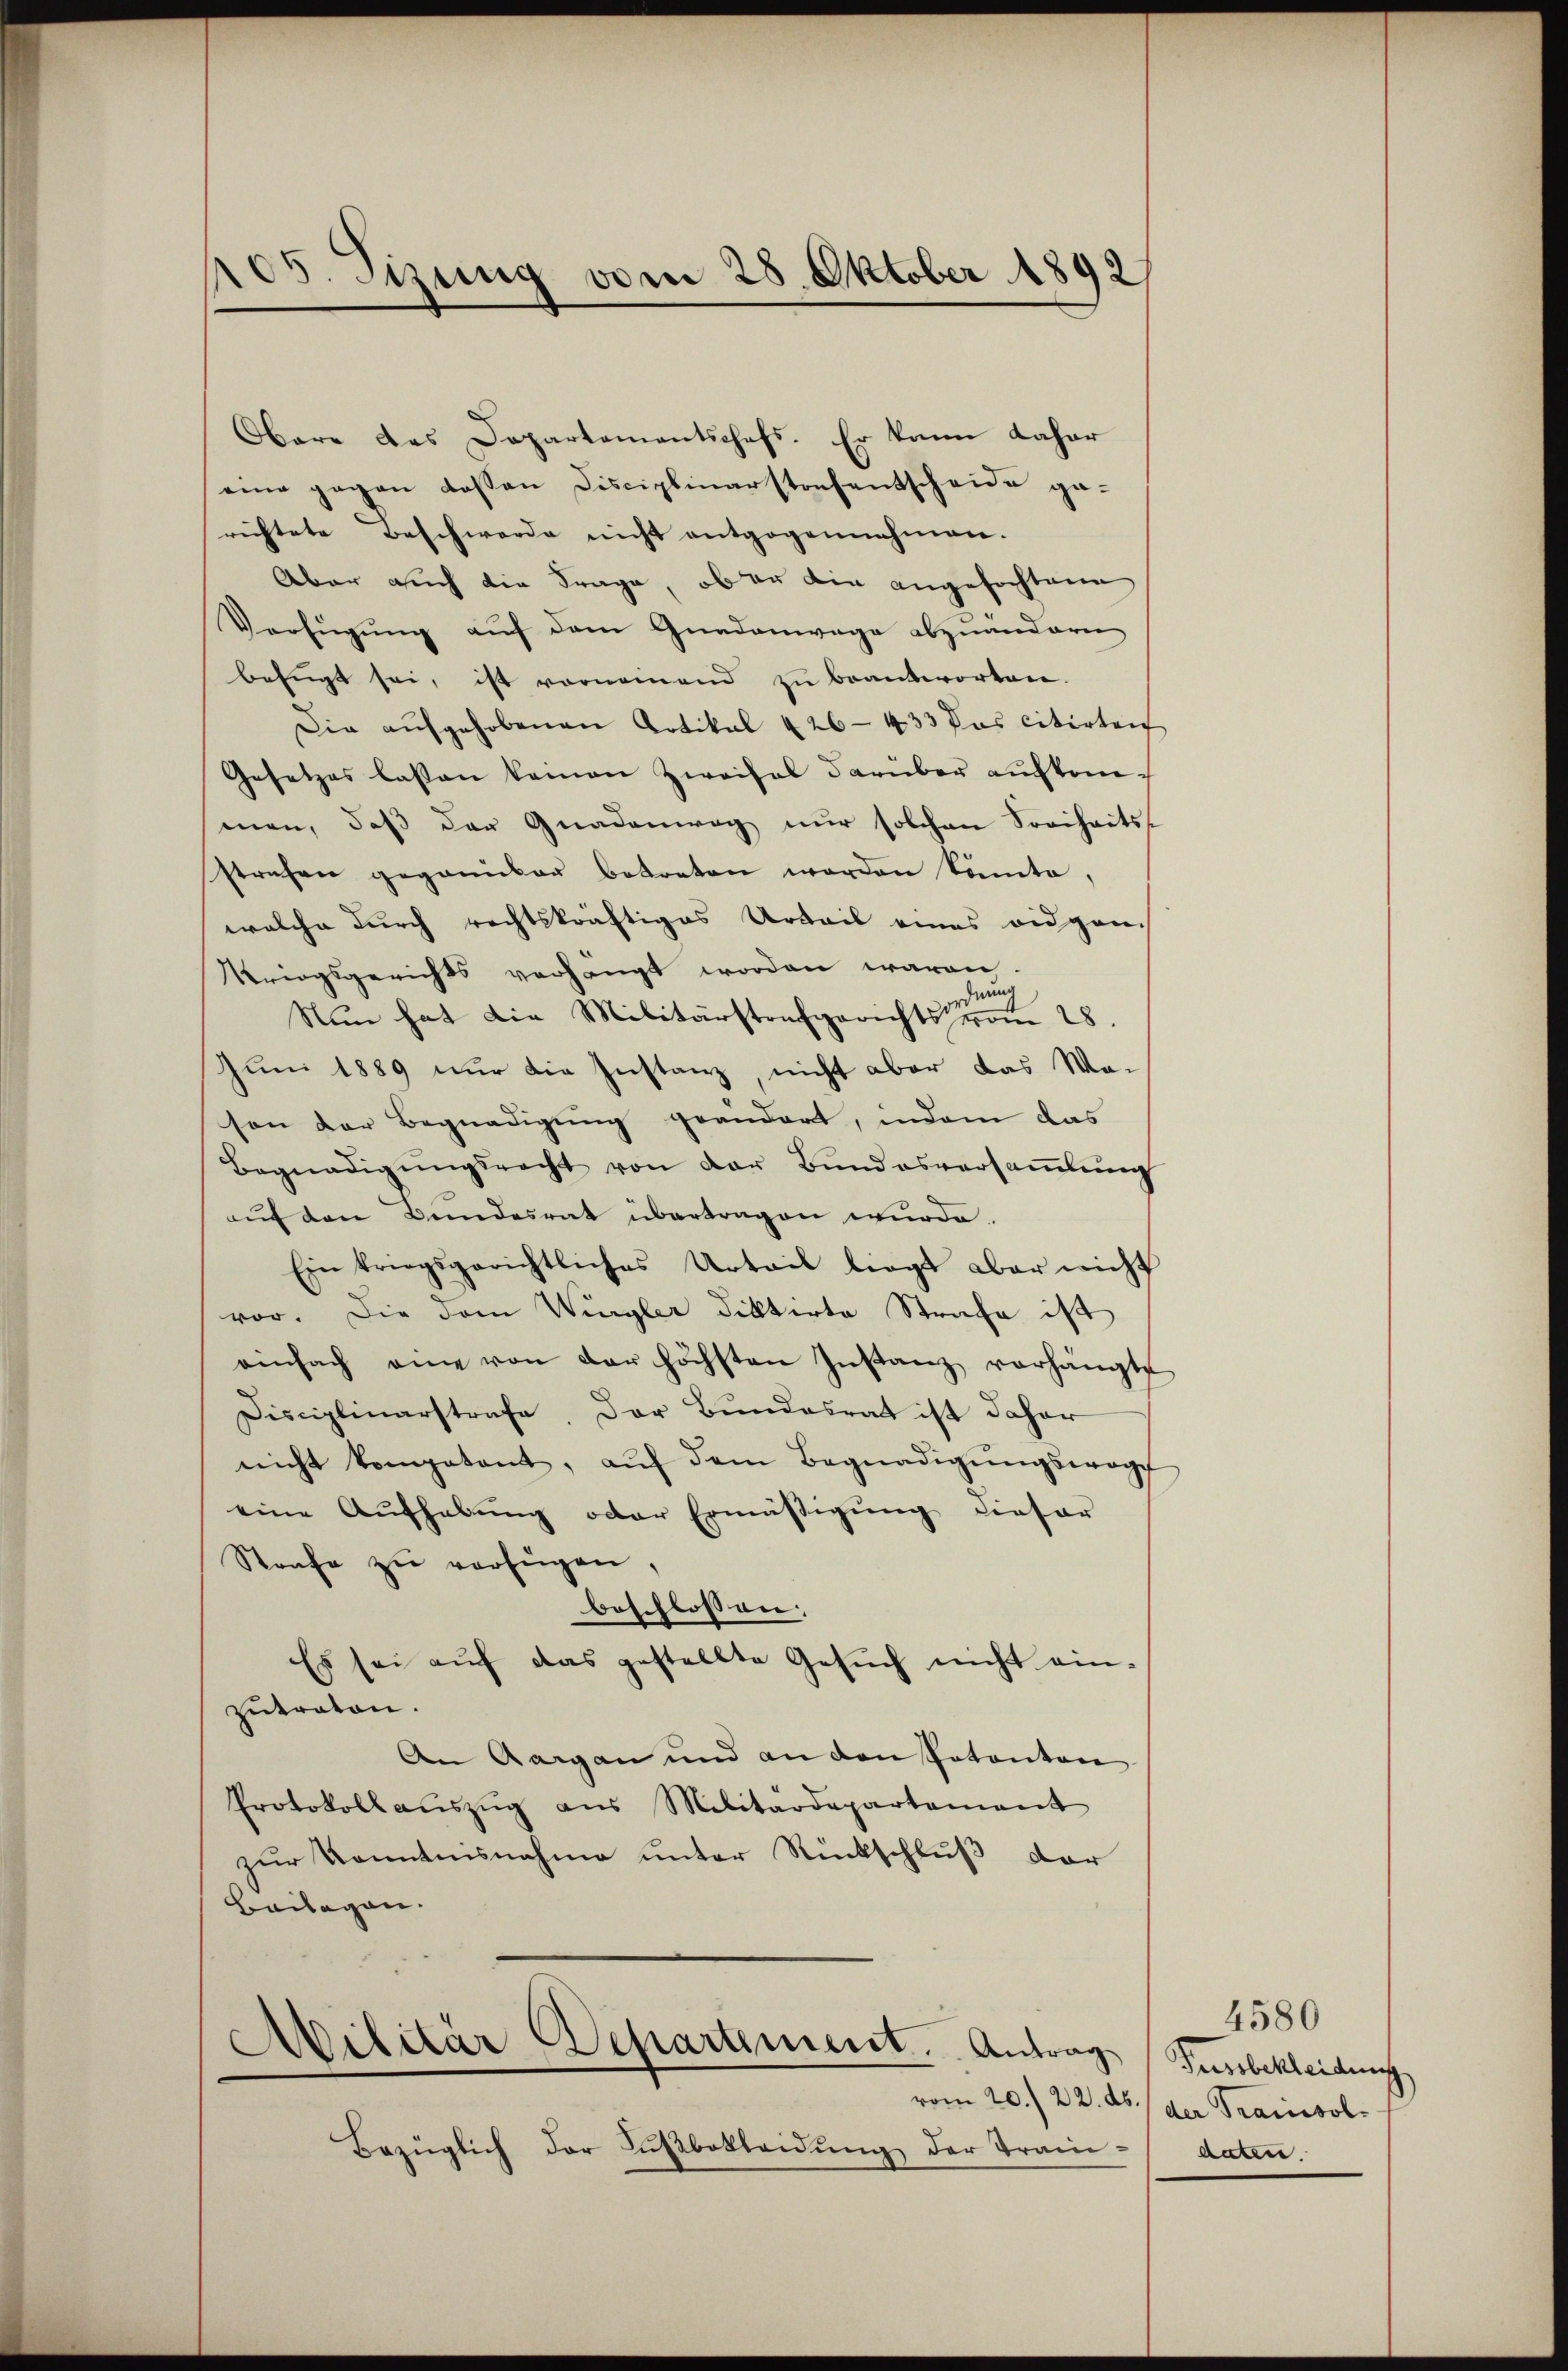
105. Sitzung vom 28. Oktober 1892/

Obare des Departementschofs. Er kann daher
eine gegen dessen Disciplinarstorf entscheide gerichtete Beschwerde nicht entgegennahmen.
Aber auch die Frage, ober die angefochtene
Verfügŭng aŭf dem Gnadenwage abzuändern
befugt sei, ist vornemend zu beantworten.
Die aŭfgehobenen Artikal 426 - 433 das citirten
Gesetzes lassen keinen Zweifel darüber aufkommen, daß der Gnadenweg nur solchen Freiheitsstrafen gegenüber betreten werden könnte,
welche durch rechtskräftiges Urteil eines eidganis
Kriegsgerichts verhängt worden waren.
r
Nun hat die Militärstrafgerichts vom 28.
Juni 1889 nur die Instanz, nicht aber das Wason der Begnadigung geändert, indem das
Begnadigŭngsrecht von der Bŭndesversaṁlŭng
auf den Bundesrat übertragen wurde.
Ein kriegsgerichtliches Urteil liegt aber nicht
vor. Die dem Wurgler diktirte Strafe ist
einfach eine von der höchsten Instanz vorhängte
Disciplinarstrafe, der Bundesrat ist daher
nicht kompetent, aŭf dem Begnadigŭngswoge
eine Aŭfhabŭng oder Ermäßigung dieser
Strafe zu verfügen,
beschlossen:
Es sei aŭf das gestellte Gesŭch nicht einzutraton.
An Aargau und an den Potanton
Protokoll aŭszŭg aŭs Militärdepartement
zur Kenntnisnahme unter Rückschluß der
Beilagen.

Bezüglich der Aŭβbokleidŭng der Tran¬

Ailitär Departement. Antrag Fussbekleidung

4580
vom 20. 22. ds. / der Tramisol
daten.